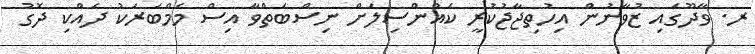
ރ. ވާދޫގައި ޒުވާނުން އިހުތިޖާޖުކުރީ ކައުންސިލަށް ނިސްބަތްވާ އިސް މެމްބަރަކު ދެއްކި ދޮގު